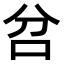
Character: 𠯨